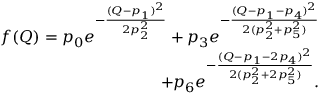
\begin{array} { r } { f ( Q ) = p _ { 0 } e ^ { - \frac { ( Q - p _ { 1 } ) ^ { 2 } } { 2 p _ { 2 } ^ { 2 } } } + p _ { 3 } e ^ { - \frac { ( Q - p _ { 1 } - p _ { 4 } ) ^ { 2 } } { 2 ( p _ { 2 } ^ { 2 } + p _ { 5 } ^ { 2 } ) } } } \\ { + p _ { 6 } e ^ { - \frac { ( Q - p _ { 1 } - 2 p _ { 4 } ) ^ { 2 } } { 2 ( p _ { 2 } ^ { 2 } + 2 p _ { 5 } ^ { 2 } ) } } . } \end{array}